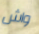
واش